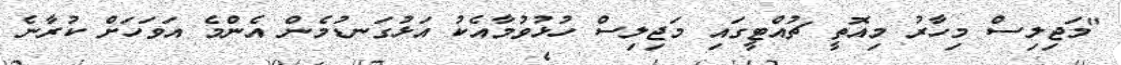
"މަޖިލިސް މިހާރު މިއޮތީ ޗުއްޓީގައި މަޖިިލިސް ހުޅުވުމާއެކު އަޅުގަނޑުމެން އެންމެ އަވަހަށް ކުރާނެ